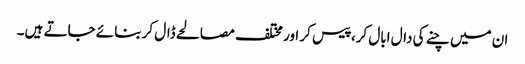
ان میں چنے کی دال ابال کر، پیس کر اور مختلف مصالحے ڈال کر بنائے جاتے ہیں۔